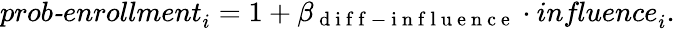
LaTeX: \begin{array}{r}{\textit{prob-enrollment}_{i}=1+\beta_{\mathrm{~d~i~f~f~-~i~n~f~l~u~e~n~c~e~}}\cdot\textit{influence}_{i}.}\end{array}